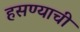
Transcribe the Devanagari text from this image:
हसण्याची